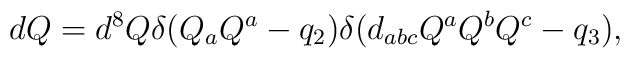
dQ=d^8Q\delta({Q_aQ^a-q_2})\delta({d_{abc}Q^aQ^bQ^c-q_3}),